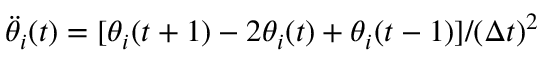
\ddot { \theta } _ { i } ( t ) = [ \theta _ { i } ( t + 1 ) - 2 \theta _ { i } ( t ) + \theta _ { i } ( t - 1 ) ] / ( \Delta t ) ^ { 2 }